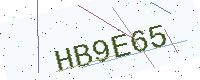
Text: HB9E65